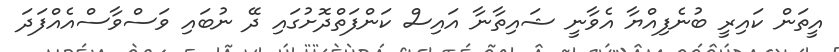
އީތަން ކައިރީ ބުނެފިއްޔާ އެވާނީ ޝައިތާނާ އައިސް ކަންފަތްދޮށުގައި ދޭ ނުބައި ވަސްވާސްއެއްފަދަ